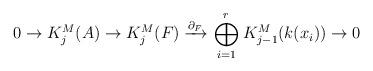
LaTeX: \begin{align*} 0 \to K^M_j(A) \to K^M_j(F) \xrightarrow{\partial_F} \ \stackrel{r}{\underset{i=1}\bigoplus} K^M_{j-1}(k(x_i)) \to 0 \end{align*}